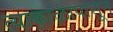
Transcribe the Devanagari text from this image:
त्याकाळापासून